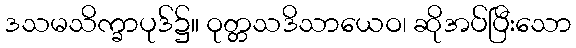
ဒသမသိက္ခာပုဒ်၌။ ဝုတ္တသဒိသာယေဝ၊ ဆိုအပ်ပြီးသော